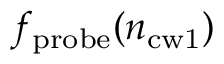
f _ { \mathrm { p r o b e } } ( n _ { \mathrm { c w 1 } } )